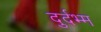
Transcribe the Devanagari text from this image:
दुर्दभ्म